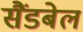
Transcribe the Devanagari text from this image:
सैंडबेल